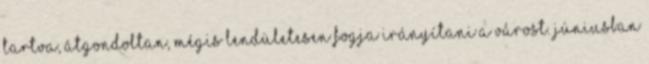
tartva, átgondoltan, mégis lendületesen fogja irányítani a várost. Júniusban